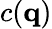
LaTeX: c(\mathbf{q})